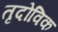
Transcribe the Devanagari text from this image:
तृदोविक